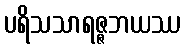
ပရိသသာရဇ္ဇဘယဿ